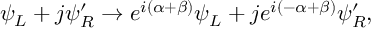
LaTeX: \psi _ { L } + j \psi _ { R } ^ { \prime } \to e ^ { i ( \alpha + \beta ) } \psi _ { L } + j e ^ { i ( - \alpha + \beta ) } \psi _ { R } ^ { \prime } ,